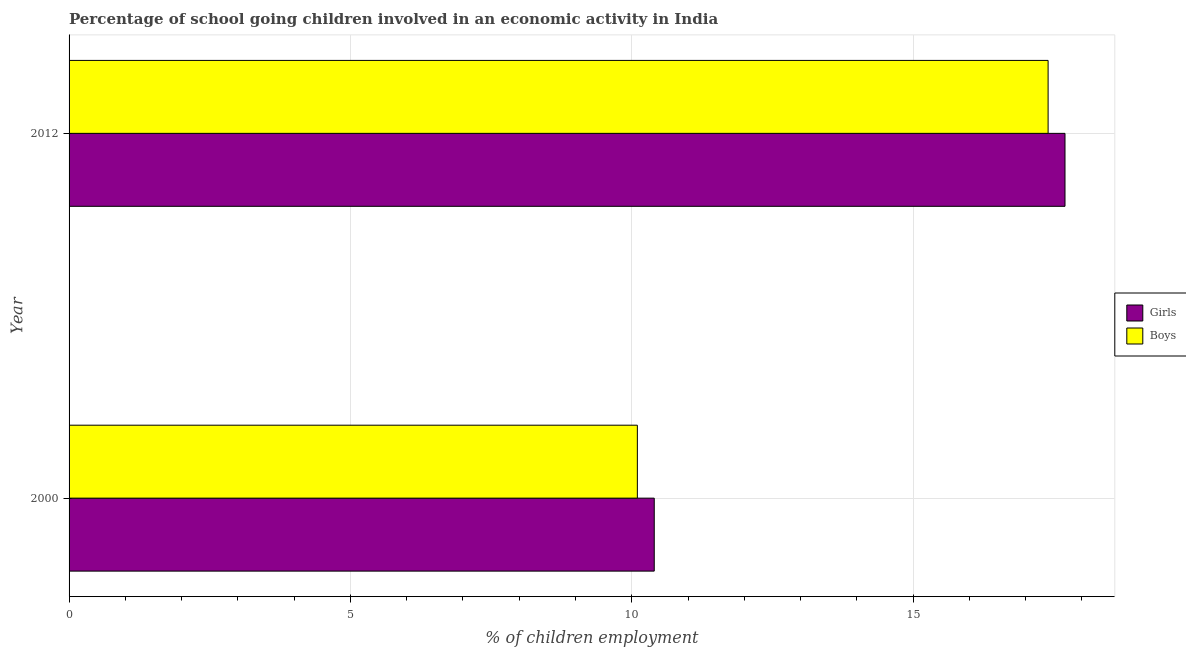
| Year | Girls | Boys |
 | --- | --- | --- |
 | 2000 | 10.4 | 10.1 |
 | 2012 | 17.7 | 17.4 |